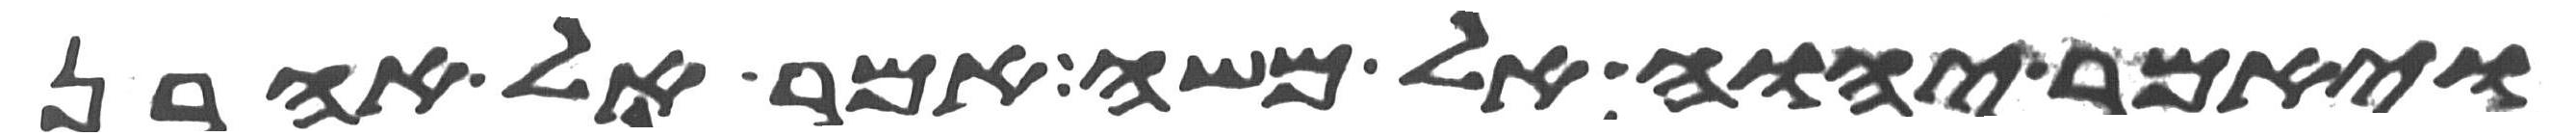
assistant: ויאמר יהוה אל משה אמר אל אהרן